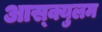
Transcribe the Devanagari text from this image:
आस्क्युलम